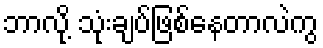
ဘာလို့ သုံးချပ်ဖြစ်နေတာလဲကွ